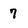
Character: 7